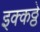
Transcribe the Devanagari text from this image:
इक्कठ्ठे